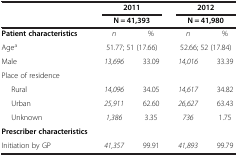
| <ROWSPAN=2>  | <COLSPAN=2> 2011 | <COLSPAN=2> 2012 |
 | <COLSPAN=2> N = 41,393 | <COLSPAN=2> N = 41,980 |
 | --- | --- | --- | --- | --- |
 | Patient characteristics | n | % | n | % |
 | Agea | <COLSPAN=2> 51.77; 51 (17.66) | <COLSPAN=2> 52.66; 52 (17.84) |
 | Male | 13,696 | 33.09 | 14,016 | 33.39 |
 | Place of residence |  |  |  |  |
 | Rural | 14,096 | 34.05 | 14,617 | 34.82 |
 | Urban | 25,911 | 62.60 | 26,627 | 63.43 |
 | Unknown | 1,386 | 3.35 | 736 | 1.75 |
 | Prescriber characteristics |  |  |  |  |
 | Initiation by GP | 41,357 | 99.91 | 41,893 | 99.79 |